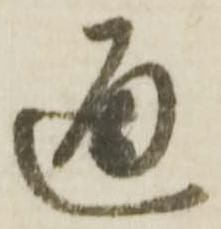
通